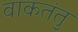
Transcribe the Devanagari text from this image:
वाकतंतु